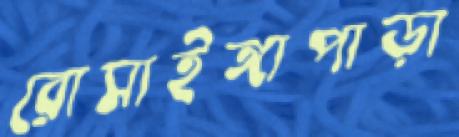
রোসাইঙ্গাপাড়া